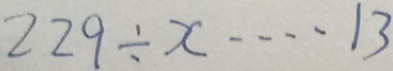
2 2 9 \div x \cdots 1 3